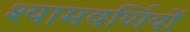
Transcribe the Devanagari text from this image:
श्यामवर्णियों